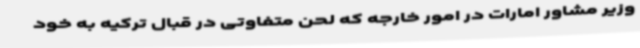
وزیر مشاور امارات در امور خارجه که لحن متفاوتی در قبال ترکیه به خود